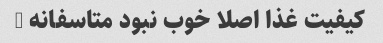
کیفیت غذا اصلا خوب نبود متاسفانه …‌